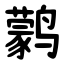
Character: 鹲